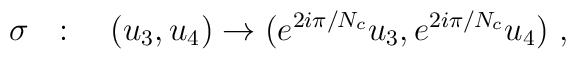
\sigma~~:\quad (u_3,u_4)\to (e^{2i\pi/N_c} u_3, e^{2i\pi/N_c}u_4)~,